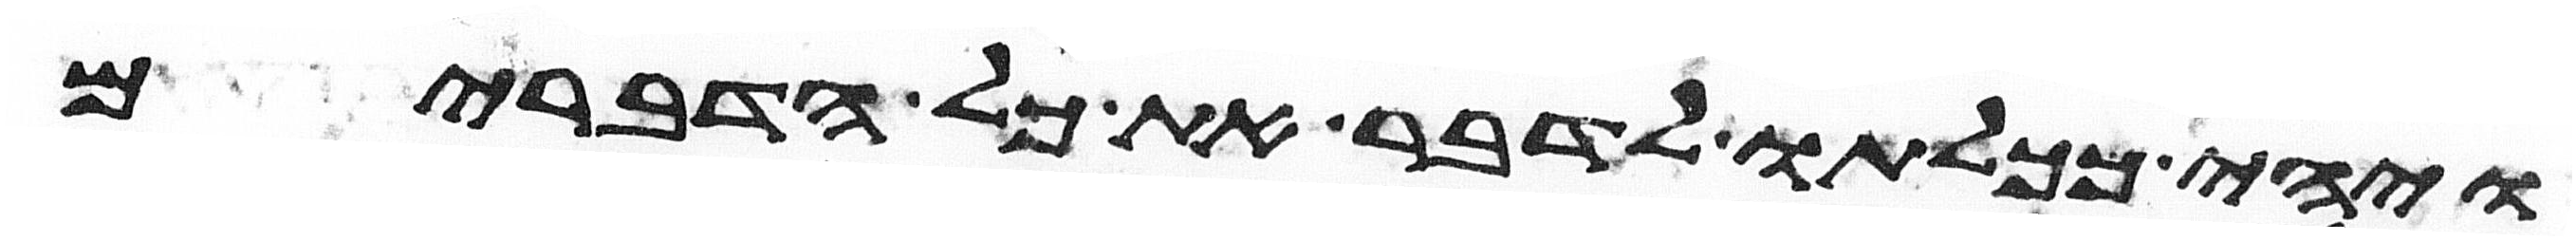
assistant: ויהי ככלותו לדבר את כל הדברים